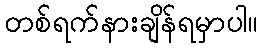
တစ်ရက်နားချိန်ရမှာပါ။